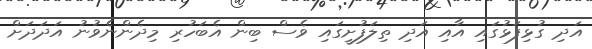
އަދި ގުޅިފަޅުގައި އާއި އަދި ތިލަފުށީގައި ވެސް ބިން އެބަހުރި މިދެންނެވުނު އަދަދަށް